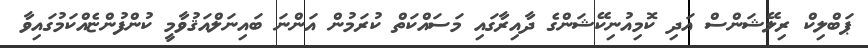
ޕަބްލިކް ރިލޭޝަންސް އަދި ކޮމިއުނިކޭޝަންގެ ދާއިރާގައި މަސައްކަތް ކުރަމުން އަންނަ ބައިނަލްއަޤުވާމީ ކުންފުންޏެއްކަމުގައިވާ